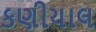
કણીયાલ